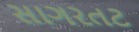
સાગરતટ